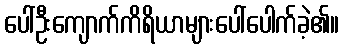
ပေါ်ဦးကျောက်ကိရိယာများပေါ်ပေါက်ခဲ့၏။